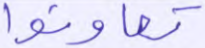
تعاونوا